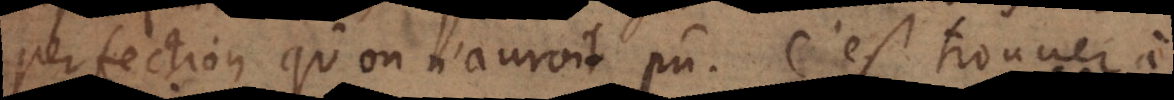
perfection qu’on n’auroit pû. C’est trouver à